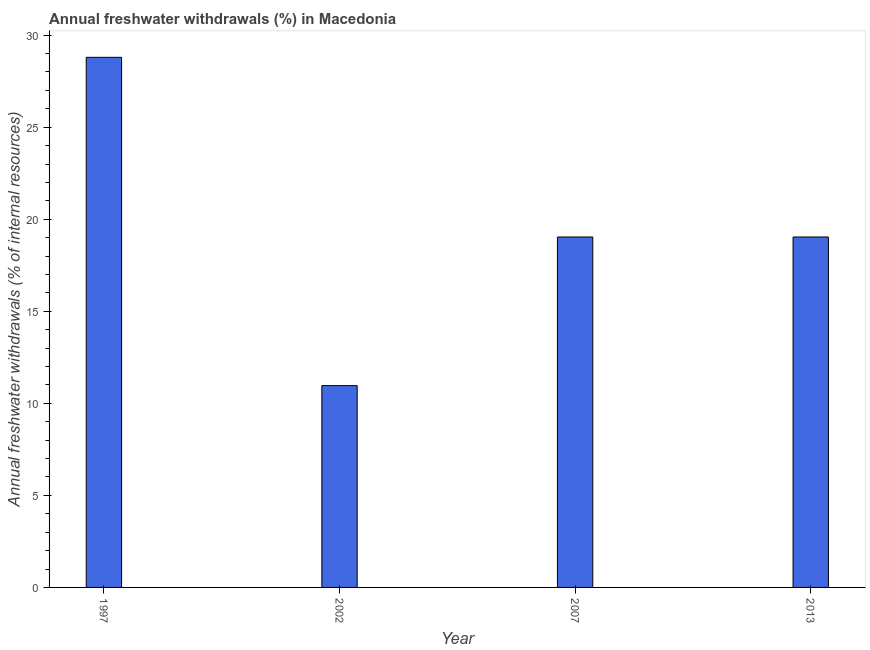
| Year | Annual freshwater withdrawals |
 | --- | --- |
 | 1997 | 28.8 |
 | 2002 | 11 |
 | 2007 | 19 |
 | 2013 | 19 |